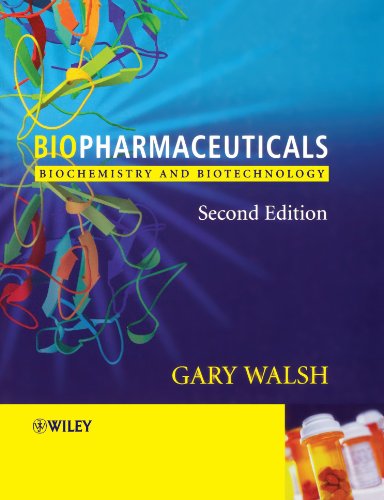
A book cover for Biopharmaceuticals: Biochemistry and Biotechnology; Gary Walsh; Medical Books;